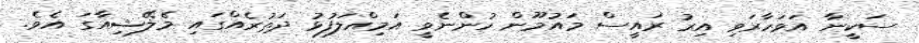
ސަކީނާ އަވަހާރަވި އިރު ރައީސް މައުމޫން ހުންނެވީ އަމިއްލަފުޅު ދަތުރެއްގައި މެލޭޝިއާގަ އެވެ.